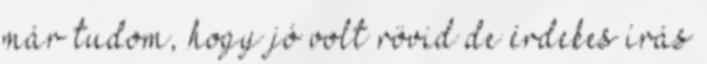
már tudom, hogy jó volt rövid de érdekes írás